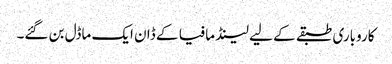
کاروباری طبقے کے لیے لینڈ مافیا کے ڈان ایک ماڈل بن گئے۔